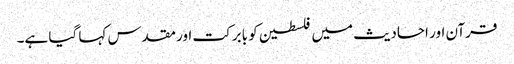
قرآن اور احادیث میں فلسطین کو بابرکت اور مقدس کہا گیا ہے۔